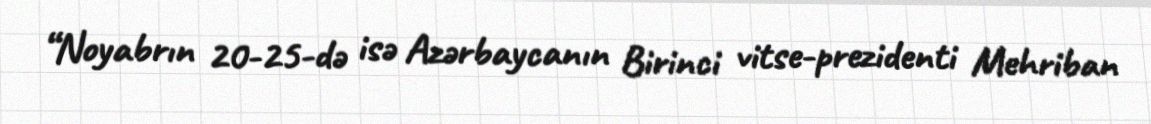
“Noyabrın 20-25-də isə Azərbaycanın Birinci vitse-prezidenti Mehriban